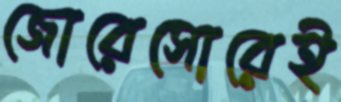
জোরেসোরেই